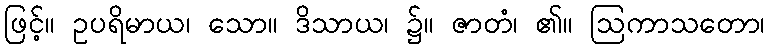
ဖြင့်။ ဥပရိမာယ၊ သော။ ဒိသာယ၊ ၌။ ဇာတံ၊ ၏။ ဩကာသတော၊